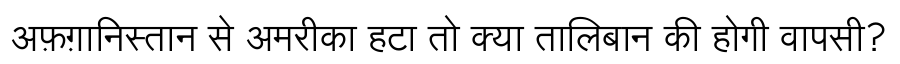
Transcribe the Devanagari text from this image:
अफ़ग़ानिस्तान से अमरीका हटा तो क्या तालिबान की होगी वापसी?